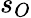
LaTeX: s_{O}